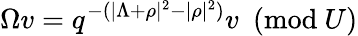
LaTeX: \Omega v=q^{-(|\Lambda+\rho|^{2}-|\rho|^{2})}v~~(\mathrm{mod}~U)